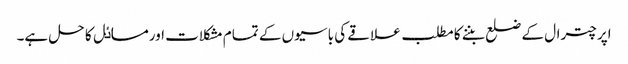
اپر چترال کے ضلع بننے کا مطلب علاقے کی باسیوں کے تمام مشکلات اورمساٸل کا حل ہے۔